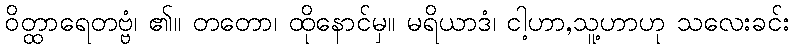
ဝိတ္ထာရေတဗ္ဗံ၊ ၏။ တတော၊ ထိုနောင်မှ။ မရိယာဒံ၊ ငါ့ဟာ,သူ့ဟာဟု သလေးခင်း